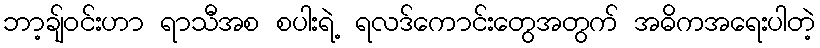
ဘာ့ချ်ဝင်းဟာ ရာသီအစ စပါးရဲ့ ရလဒ်ကောင်းတွေအတွက် အဓိကအရေးပါတဲ့